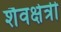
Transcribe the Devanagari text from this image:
शैवक्षेत्री